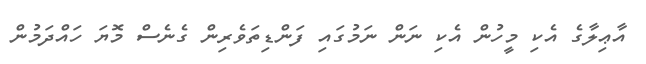
އާޢިލާގެ އެކި މީހުން އެކި ނަން ނަމުގައި ފަންޑިތަވެރިން ގެނެސް މޮޔަ ހައްދަމުން